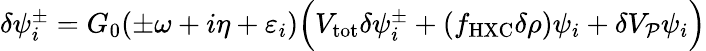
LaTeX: \begin{array}{r}{\delta\psi_{i}^{\pm}=G_{0}(\pm\omega+i\eta+\varepsilon_{i})\Big(V_{\mathrm{tot}}\delta\psi_{i}^{\pm}+(f_{\mathrm{HXC}}\delta\rho)\psi_{i}+\delta V_{\mathcal P}\psi_{i}\Big)}\end{array}